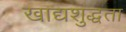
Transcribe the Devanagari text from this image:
खाद्यशुद्धता